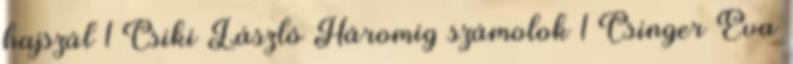
hajszál 1 Csiki László Háromig számolok 1 Csinger Éva